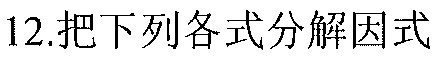
12.把下列各式分解因式